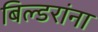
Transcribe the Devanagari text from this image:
बिल्डरांना